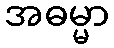
အဓမ္မာ